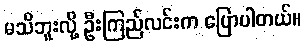
မသိဘူးလို့ ဦးကြည်လင်းက ပြောပါတယ်။